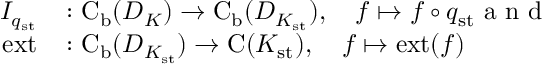
\begin{array} { r l } { I _ { q _ { \mathrm { s t } } } } & { \colon \mathrm { C } _ { \mathrm { b } } ( D _ { K } ) \rightarrow \mathrm { C } _ { \mathrm { b } } ( D _ { K _ { \mathrm { s t } } } ) , \quad f \mapsto f \circ q _ { \mathrm { s t } } \textrm { a n d } } \\ { \mathrm { e x t } } & { \colon \mathrm { C } _ { \mathrm { b } } ( D _ { K _ { \mathrm { s t } } } ) \rightarrow \mathrm { C } ( K _ { \mathrm { s t } } ) , \quad f \mapsto \mathrm { e x t } ( f ) } \end{array}